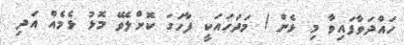
ހައްދަވާފައިވާ މި ޅެން / މަދަހައަކީ ފާހަގަ ކޮށްލެވޭ މޮޅު ޅެމެއް އަދި